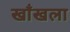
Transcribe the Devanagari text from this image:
खाँखला